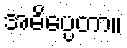
အဓိပ္ပေတာ။